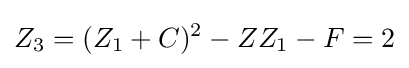
Z_{3}=(Z_{1}+C)^{2}-ZZ_{1}-F=2